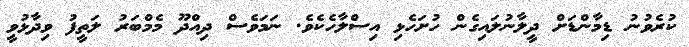
ކުރެވުނު ޑިމާންޑަށް ދީލާނުލައިގެން ހުށަހެޅި އިސްލާހެކެވެ. ނަމަވެސް ދިއްދޫ މެމްބަރު ލަތީފު ވިދާޅުވީ